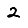
Digit: 2